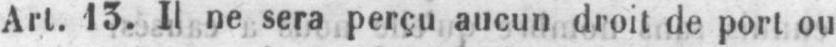
Art. 13. Il ne sera perçu aucun droit de port ou